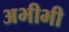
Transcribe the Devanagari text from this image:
अभीभी